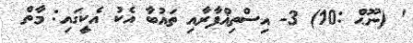
' (ނޫޙް :10) 3- އިސްތިޣްފާރާއި ތައުބާ އެކު އެކީގައި: މާތް